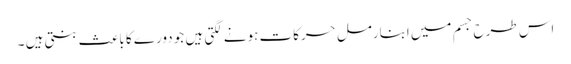
اس طرح جسم میں ابنارمل حرکات ہونے لگتی ہیں جو دورے کا باعث بنتی ہیں ۔